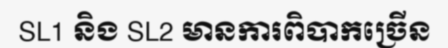
SL1 និង SL2 មានការពិបាកច្រើន